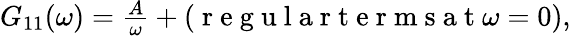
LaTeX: \begin{array}{r}{G_{11}(\omega)=\frac{A}{\omega}+(\mathrm{~r~e~g~u~l~a~r~t~e~r~m~s~a~t~}\omega=0),}\end{array}